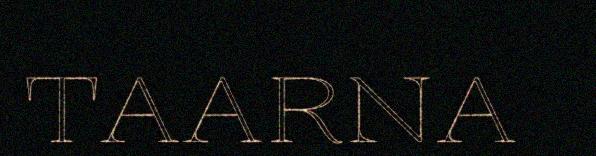
TAARNA